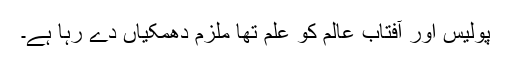
پولیس اور آفتاب عالم کو علم تھا ملزم دھمکیاں دے رہا ہے۔